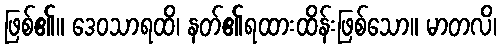
ဖြစ်၏။ ဒေဝသာရထိ၊ နတ်၏ရထားထိန်းဖြစ်သော။ မာတလိ၊